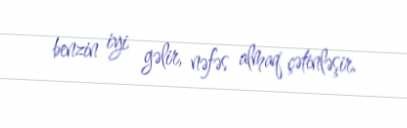
benzin iyi gəlir, nəfəs almaq çətinləşir.